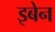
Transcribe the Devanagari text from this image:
इबेन